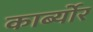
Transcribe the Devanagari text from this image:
कार्ब्योर